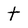
Character: t